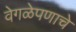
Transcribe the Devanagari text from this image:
वेगळेपणाचे